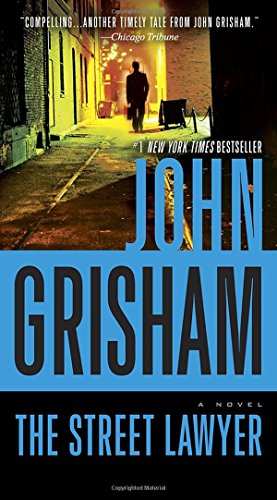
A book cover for The Street Lawyer: A Novel; John Grisham; Mystery, Thriller & Suspense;